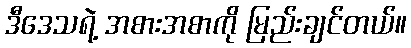
ဒီဒေသရဲ့ အစားအစာကို မြည်းချင်တယ်။